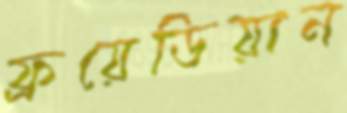
ফ্রয়েডিয়ান